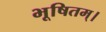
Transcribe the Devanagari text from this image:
भूषितम्।